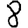
Digit: 8